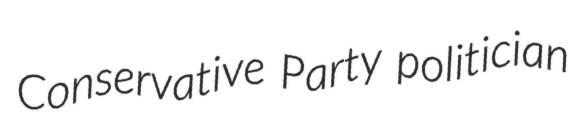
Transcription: Conservative Party politician